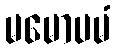
မမောပမံ